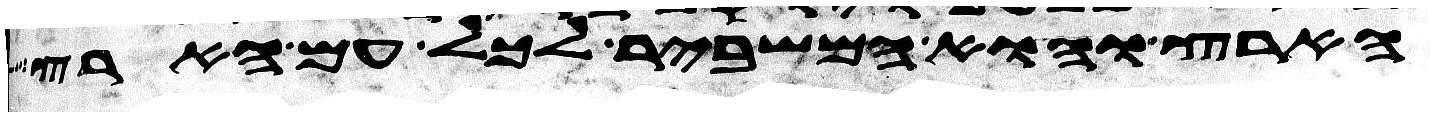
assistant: הארץ והוא המשביר לכל עם הארץ